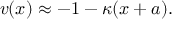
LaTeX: v ( x ) \approx - 1 - \kappa ( x + a ) .